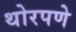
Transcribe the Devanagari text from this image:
थोरपणे